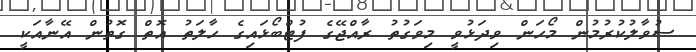
ސުވާލުކުރުމުން މޯހަން ވިދަޅުވީ މިވަގުތު ރާއްޖޭގެ ފުޓްބޯޅައިގެ ހާލަތު އޮތް ގޮތުން އޭނާއަކީ